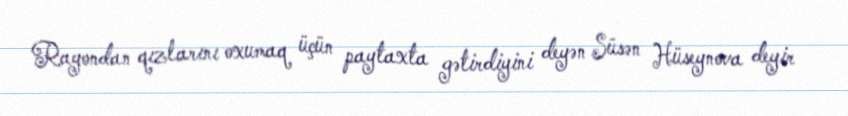
Rayondan qızlarını oxumaq üçün paytaxta gətirdiyini deyən Süsən Hüseynova deyir